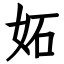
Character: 妬